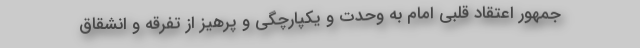
جمهور اعتقاد قلبی امام به وحدت و یکپارچگی و پرهیز از تفرقه و انشقاق